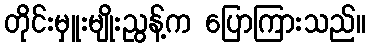
တိုင်းမှူးမျိုးညွန့်က ပြောကြားသည်။